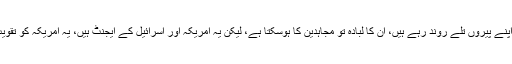
انکی اساس ظلم ہے، یہ قرآن اور اللہ کی تعلیمات کو اپنے پیروں تلے روند رہے ہیں، ان کا لبادہ تو مجاہدین کا ہوسکتا ہے، لیکن یہ امریکہ اور اسرائیل کے ایجنٹ ہیں، یہ امریکہ کو تقویت دے رہے ہیں اور امریکہ انہیں تقویت دے رہا ہے۔